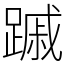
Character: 䠞